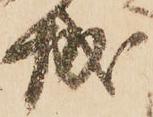
城